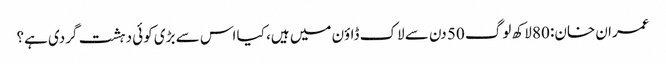
عمران خان: 80 لاکھ لوگ 50 دن سے لاک ڈاؤن میں ہیں، کیا اس سے بڑی کوئی دہشت گردی ہے؟